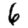
Digit: 6